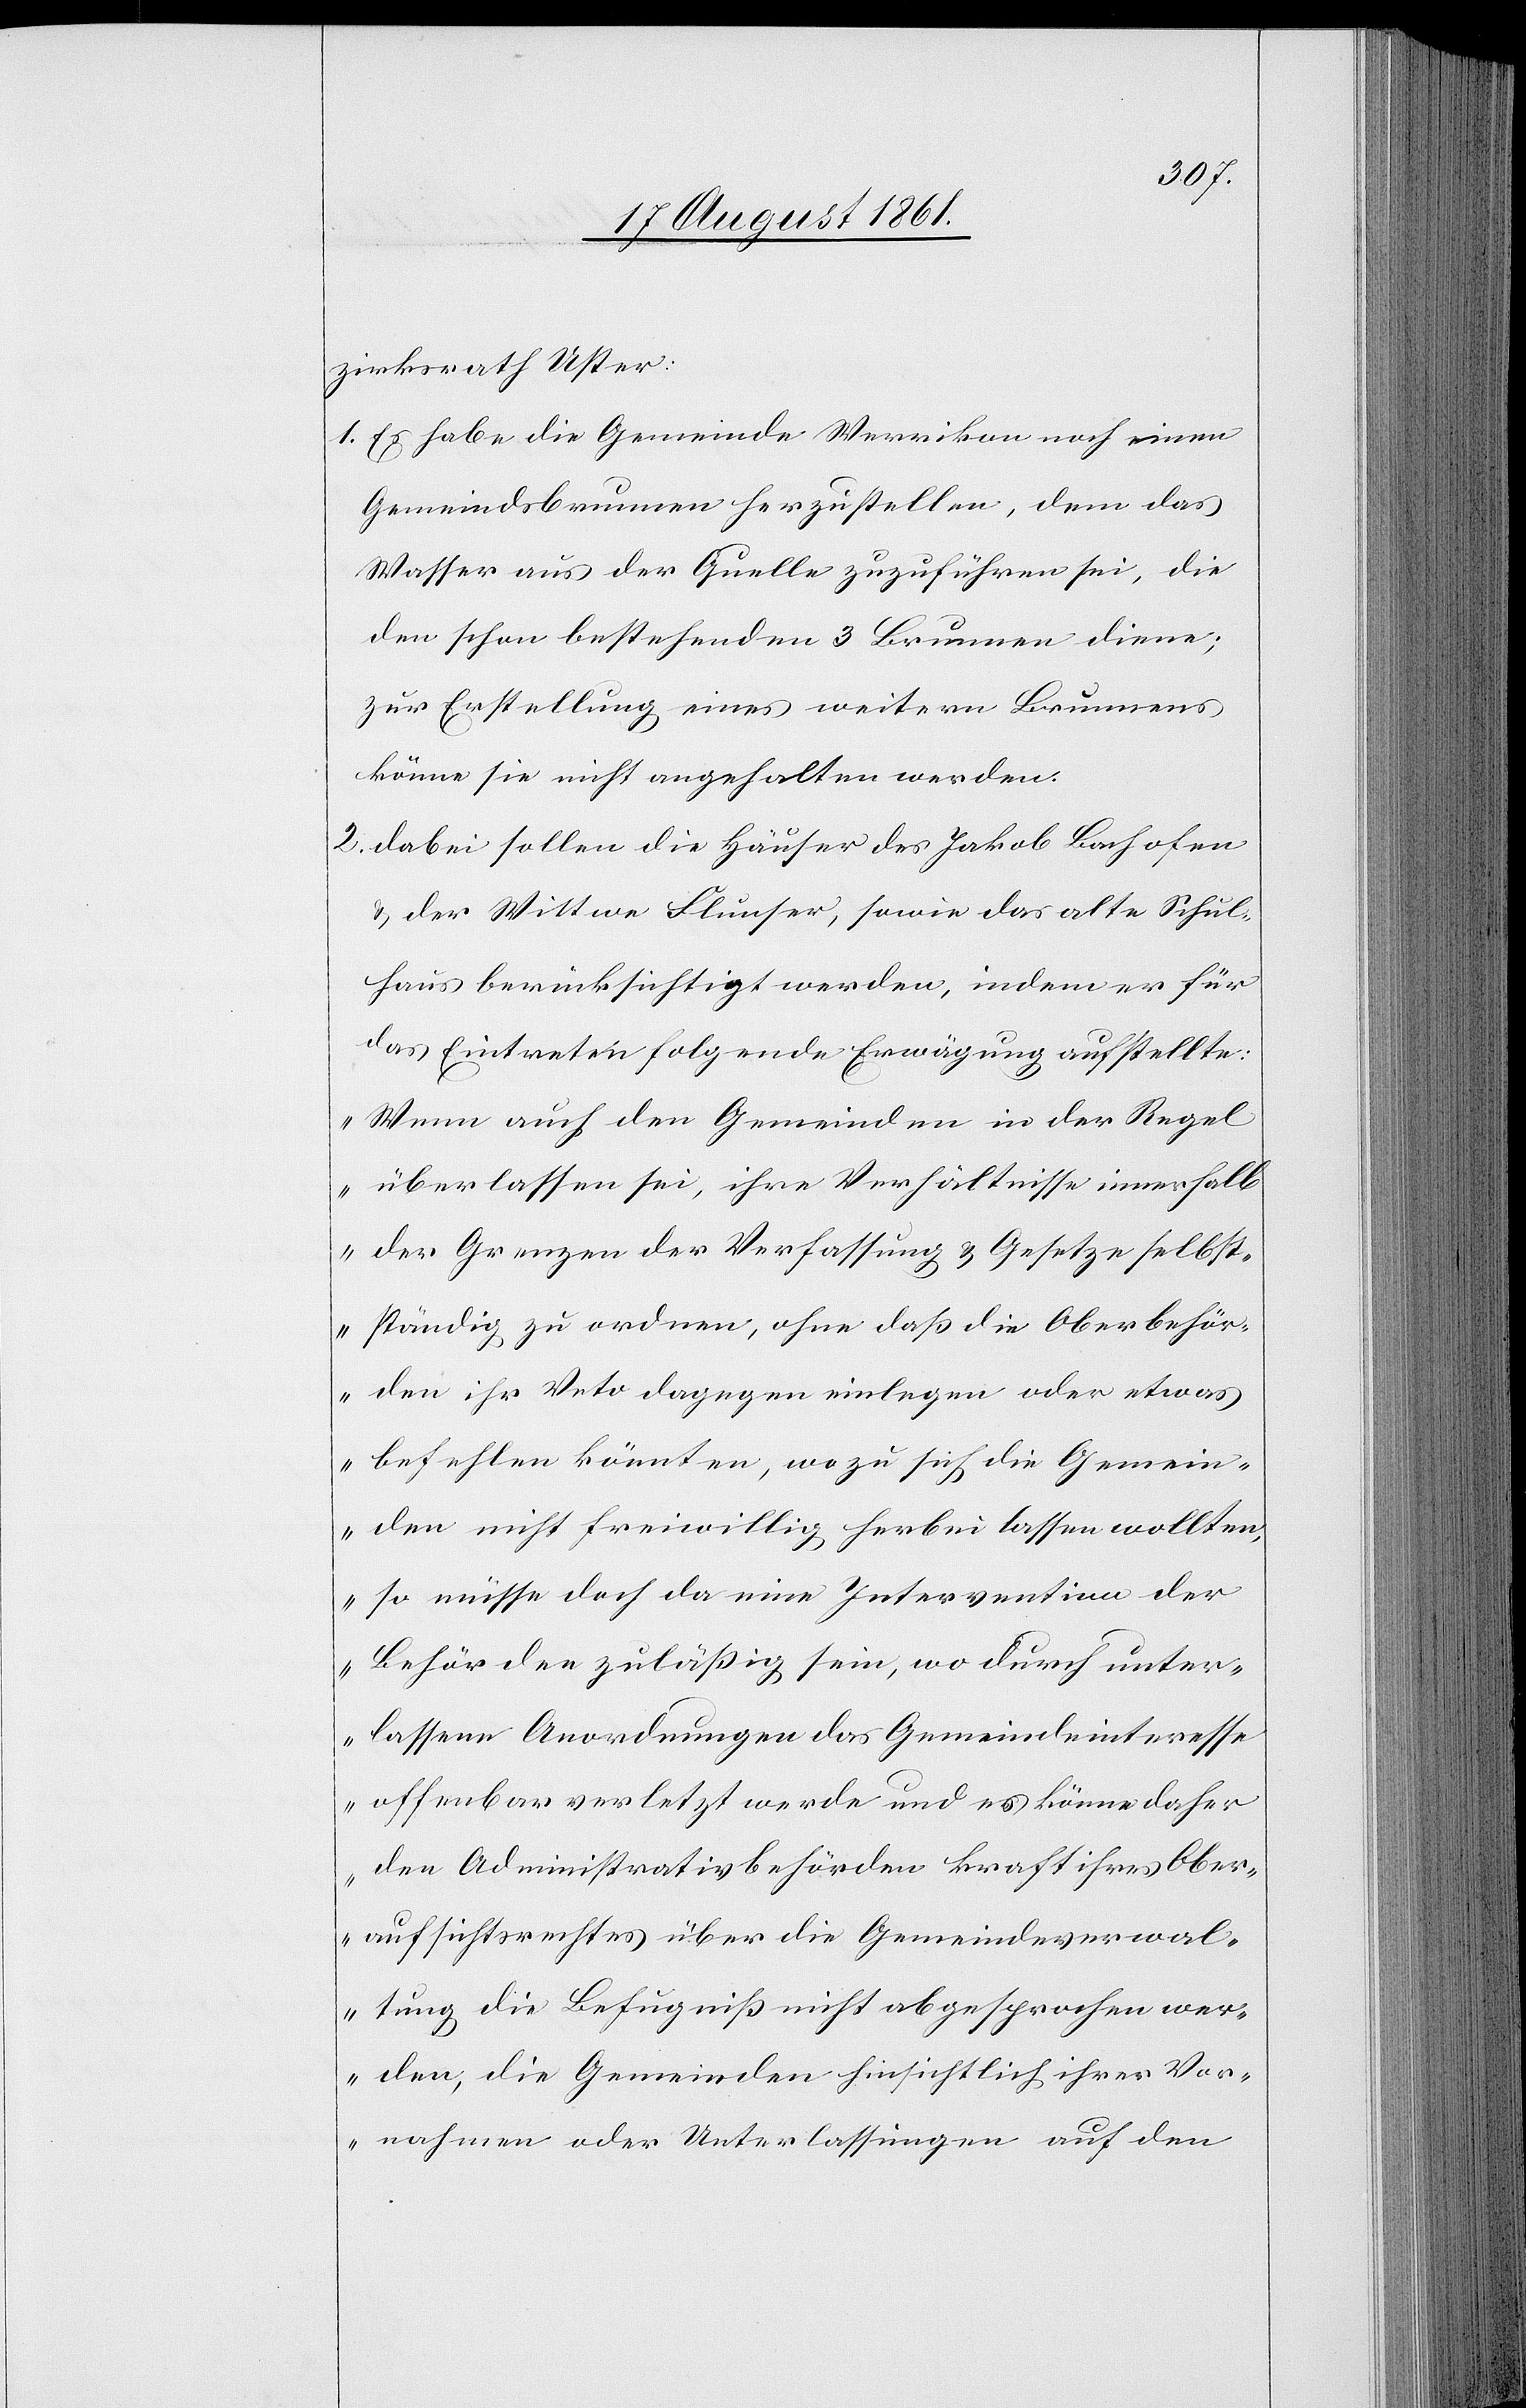
zirksrath Uster:
1. Es habe die Gemeinde Werrikon noch einen
Gemeindsbrunnen herzustellen, dem das
Wasser aus der Quelle zuzuführen sei, die
den schon bestehenden 3 Brunnen diene;
zur Erstellung eines weitern Brunnens
könne sie nicht angehalten werden.
2. Dabei sollen die Häuser des Jakob Bachofen
u. der Wittwe Flunser, sowie das alte Schul¬
haus berücksichtigt werden, indem er für
das Eintreten folgende Erwägung aufstellte:
„Wenn auch den Gemeinden in der Regel
überlassen sei, ihre Verhältnisse innerhalb
der Grenzen der Verfassung u. Gesetze selbst¬
ständig zu ordnen, ohne daß die Oberbehör¬
den ihr Veto dagegen einlegen oder etwas
befehlen könnten, wozu sich die Gemein¬
den nicht freiwillig herbei lassen wollten,
so müsse doch da eine Intervention der
Behörden zuläßig sein, wo durch unter¬
lassene Anordnungen das Gemeindeinteresse
offenbar verletzt werde und es könne daher
den Administrativbehörden kraft ihres Ober¬
aufsichtsrechtes über die Gemeindeverwal¬
tung die Befugniß nicht abgesprochen wer¬
den, die Gemeinden hinsichtlich ihrer Vor¬
nahme oder Unterlassungen auf den